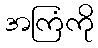
အကြံကို